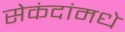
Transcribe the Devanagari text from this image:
सेकंदांमधे